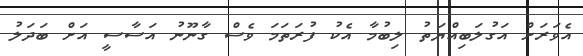
އެވަރަށް އަގުލަބިއްޔަތު ލިބުމާ އެކު ފުރަތަމަ ވެސް ގާނޫނު އަސާސީ އަށް ބަދަލު